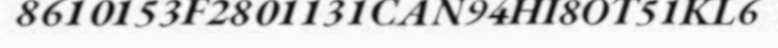
8610153F2801131CAN94HI8OT51KL6